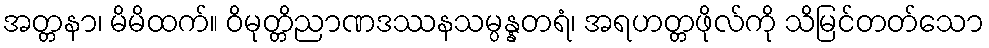
အတ္တနာ၊ မိမိထက်။ ဝိမုတ္တိညာဏဒဿနသမ္ပန္နတရံ၊ အရဟတ္တဖိုလ်ကို သိမြင်တတ်သော